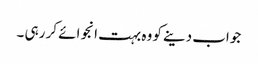
جواب دینے کو وہ بہت انجوائے کر رہی ۔